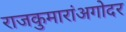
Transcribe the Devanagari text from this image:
राजकुमारांअगोदर